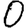
Digit: 0